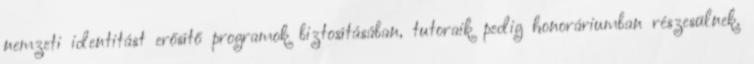
nemzeti identitást erősítő programok biztosításában, tutoraik pedig honoráriumban részesülnek.